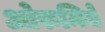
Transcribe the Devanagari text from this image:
ओरुमिये